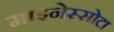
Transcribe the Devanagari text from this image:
माइनेस्सोटा